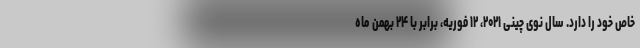
خاص خود را دارد. سال نوی چینی ۲۰۲۱، ۱۲ فوریه، برابر با ۲۴ بهمن ماه